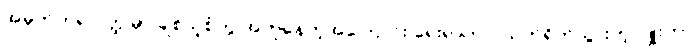
အမှတ်တရ ဝတ္ထုမှာ ချစ်သူစုံတွဲ အတူနေတဲ့အကြောင်း ရေးရာက ဂယက်ရိုက်သွားတဲ့ ဂျူးဟာ